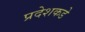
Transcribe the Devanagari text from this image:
प्रदेशकडे